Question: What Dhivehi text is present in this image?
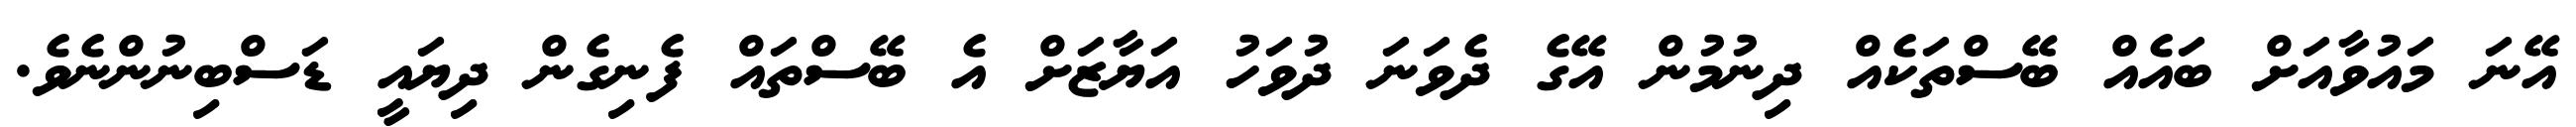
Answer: އޭނަ މައުވާއަށް ބައެއް ބޭސްތަކެއް ދިނުމުން އޭގެ ދެވަނަ ދުވަހު އަޔާޒަށް އެ ބޭސްތައް ފެނިގެން ދިޔައީ ޑަސްބިނުންނެވެ.